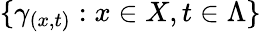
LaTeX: \{ \gamma_{(x,t)}:x\in X,t\in\Lambda\}